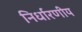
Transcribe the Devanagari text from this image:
निर्धारणीय